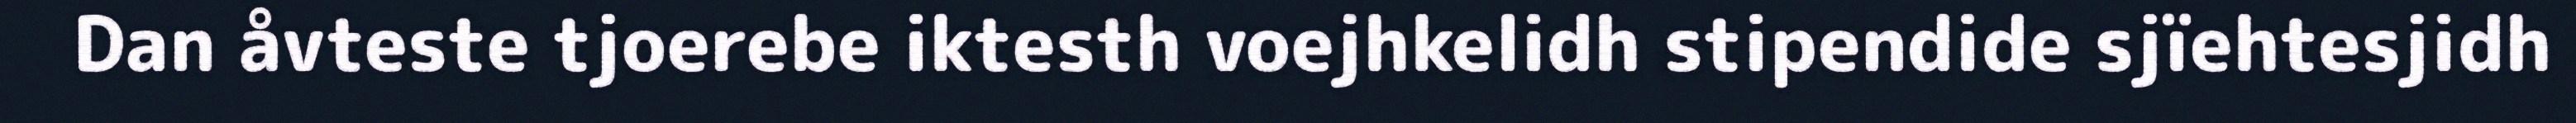
Dan åvteste tjoerebe iktesth voejhkelidh stipendide sjïehtesjidh